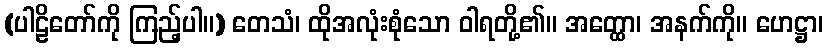
(ပါဠိတော်ကို ကြည့်ပါ။) တေသံ၊ ထိုအလုံးစုံသော ဝါရတို့၏။ အတ္ထော၊ အနက်ကို။ ဟေဋ္ဌာ၊